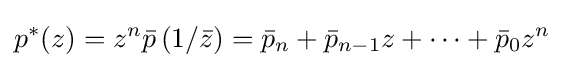
p^{*}(z)=z^{n}{\bar {p}}\left(1/{\bar {z}}\right)={\bar {p}}_{n}+{\bar {p}}_{n-1}z+\cdots +{\bar {p}}_{0}z^{n}